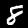
Label: 8